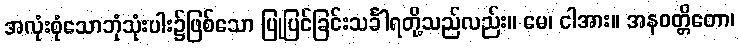
အလုံးစုံသောဘုံသုံးပါး၌ဖြစ်သော ပြုပြင်ခြင်းသင်္ခါရတို့သည်လည်း။ မေ၊ ငါအား။ အနဝတ္တိတော၊